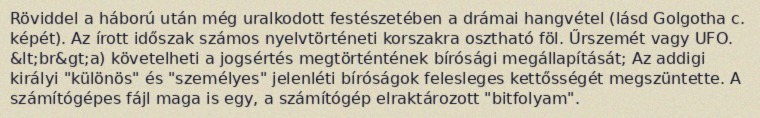
Röviddel a háború után még uralkodott festészetében a drámai hangvétel (lásd Golgotha c. képét). Az írott időszak számos nyelvtörténeti korszakra osztható föl. Űrszemét vagy UFO. &lt;br&gt;a) követelheti a jogsértés megtörténtének bírósági megállapítását; Az addigi királyi "különös" és "személyes" jelenléti bíróságok felesleges kettősségét megszüntette. A számítógépes fájl maga is egy, a számítógép elraktározott "bitfolyam".